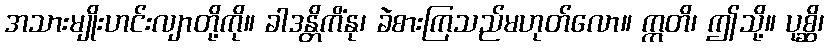
အသားမျိုးဟင်းလျာတို့ကို။ ခါဒန္တိကိံနု၊ ခဲစားကြသည်မဟုတ်လော။ ဣတိ၊ ဤသို့။ ပုစ္ဆိ၊